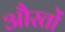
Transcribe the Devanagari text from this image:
औेरतों